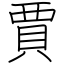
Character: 賈